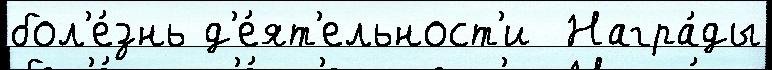
бол'е́знь д'е́ят'ельност'и  Награ́ды